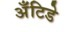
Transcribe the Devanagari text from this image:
अँटिडे